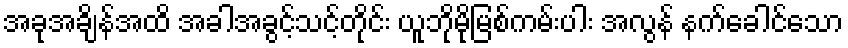
အခုအချိန်အထိ အခါအခွင့်သင့်တိုင်း ယူဘိုမိုမြစ်ကမ်းပါး အလွန် နက်ခေါင်သော